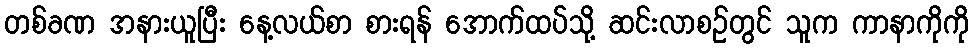
တစ်ခဏ အနားယူပြီး နေ့လယ်စာ စားရန် အောက်ထပ်သို့ ဆင်းလာစဉ်တွင် သူက ကာနာကိုကို